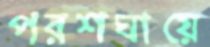
পরশঘায়ে